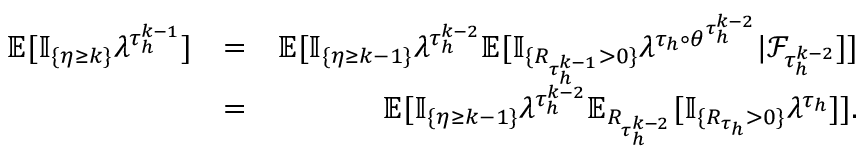
\begin{array} { r l r } { \mathbb { E } [ \mathbb { I } _ { \{ \eta \ge k \} } \lambda ^ { \tau _ { h } ^ { k - 1 } } ] } & { = } & { \mathbb { E } [ \mathbb { I } _ { \{ \eta \ge k - 1 \} } \lambda ^ { \tau _ { h } ^ { k - 2 } } \mathbb { E } [ \mathbb { I } _ { \{ R _ { \tau _ { h } ^ { k - 1 } } > 0 \} } \lambda ^ { \tau _ { h } \circ \theta ^ { \tau _ { h } ^ { k - 2 } } } | { \mathcal F } _ { \tau _ { h } ^ { k - 2 } } ] ] } \\ & { = } & { \mathbb { E } [ \mathbb { I } _ { \{ \eta \ge k - 1 \} } \lambda ^ { \tau _ { h } ^ { k - 2 } } \mathbb { E } _ { R _ { \tau _ { h } ^ { k - 2 } } } [ \mathbb { I } _ { \{ R _ { \tau _ { h } } > 0 \} } \lambda ^ { \tau _ { h } } ] ] . } \end{array}